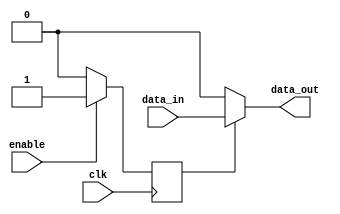
module transmission_gate_delay (
    input wire data_in, 
    input wire enable, 
    input wire clk, 
    output reg data_out
);

reg delay_control;

always @ (posedge clk) begin
    if (enable) begin
        delay_control <= 1'b1;
    end
    else begin
        delay_control <= 1'b0;
    end
end

assign data_out = (delay_control) ? data_in : 1'b0;

endmodule